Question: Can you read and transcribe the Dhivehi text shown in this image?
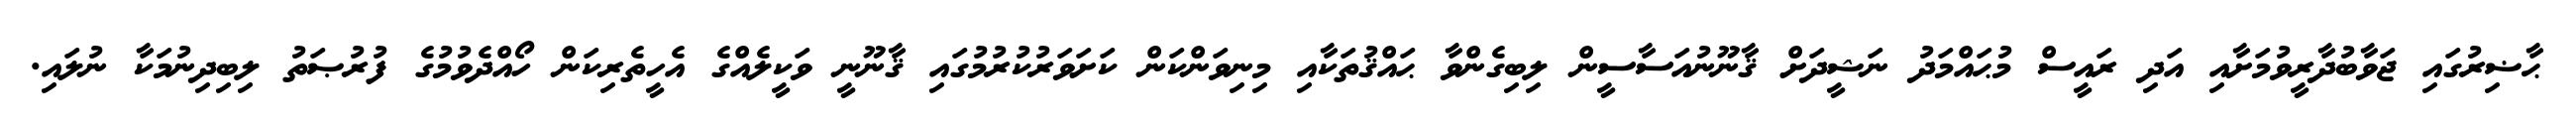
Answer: ޙާޟިރުގައި ޖަވާބުދާރީވުމަށާއި އަދި ރައީސް މުޙައްމަދު ނަޝީދަށް ޤާނޫނުއަސާސީން ލިބިގެންވާ ޙައްޤުތަކާއި މިނިވަންކަން ކަށަވަރުކުރުމުގައި ޤާނޫނީ ވަކީލެއްގެ އެހީތެރިކަން ހޯއްދެވުމުގެ ފުރުޞަތު ލިބިދިނުމަކާ ނުލައި.